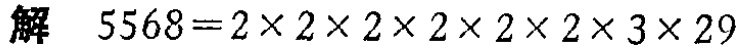
解 \(5568 = 2\times2\times2\times2\times2\times2\times3\times29\)